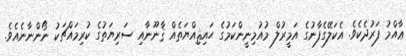
ޢާއްމު ފަރުދެކެވެ. އެކަލޭގެފާނުގެ އަމީރުލް މުއުމިނީންކަމުގެ ޙައިޘިއްޔަތެއް ޤާނޫނާއި ސަރިޔަތުގެ ކުރިމައްޗަކު ނޯންނާނެއެވެ.